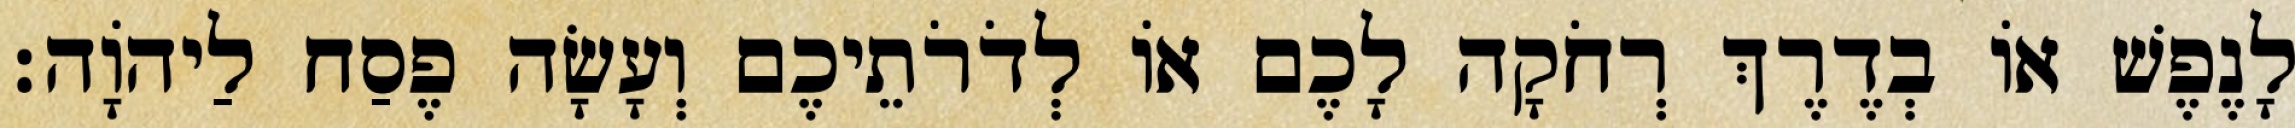
לָנֶפֶשׁ אוֹ בְדֶרֶךְ רְחֹקָה לָכֶם אוֹ לְדֹרֹתֵיכֶם וְעָשָׂה פֶסַח לַיהוָֹה׃